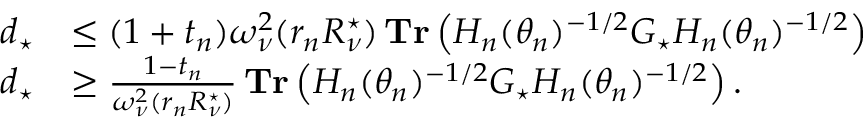
\begin{array} { r l } { d _ { \star } } & { \le ( 1 + t _ { n } ) \omega _ { \nu } ^ { 2 } ( r _ { n } R _ { \nu } ^ { \star } ) \operatorname { \bf T r } \left( H _ { n } ( \theta _ { n } ) ^ { - 1 / 2 } G _ { \star } H _ { n } ( \theta _ { n } ) ^ { - 1 / 2 } \right) } \\ { d _ { \star } } & { \ge \frac { 1 - t _ { n } } { \omega _ { \nu } ^ { 2 } ( r _ { n } R _ { \nu } ^ { \star } ) } \operatorname { \bf T r } \left( H _ { n } ( \theta _ { n } ) ^ { - 1 / 2 } G _ { \star } H _ { n } ( \theta _ { n } ) ^ { - 1 / 2 } \right) . } \end{array}